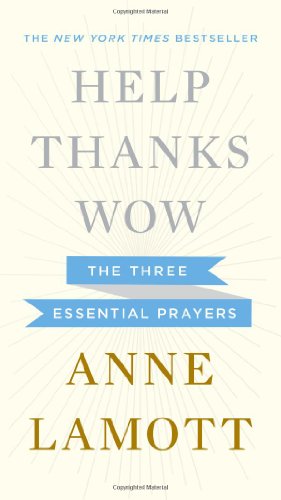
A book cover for Help, Thanks, Wow: The Three Essential Prayers; Anne Lamott; Christian Books & Bibles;